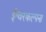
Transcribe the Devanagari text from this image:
ईश्वरकल्पना